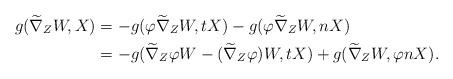
LaTeX: \begin{align*}g(\widetilde\nabla_{Z}W, X)&=-g(\varphi\widetilde\nabla_{Z}W, tX)-g(\varphi\widetilde\nabla_{Z}W, nX) \\ &=-g(\widetilde\nabla_{Z}\varphi W-(\widetilde\nabla_{Z}\varphi)W, tX)+g(\widetilde\nabla_{Z}W, \varphi nX).\end{align*}